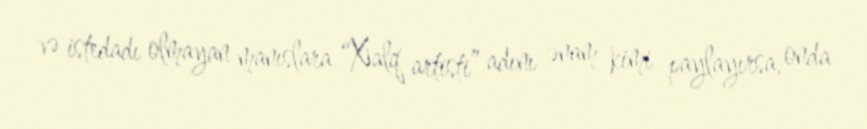
və istedadı olmayan manıslara “Xalq artisti” adını ənam kimi paylayırsa, onda